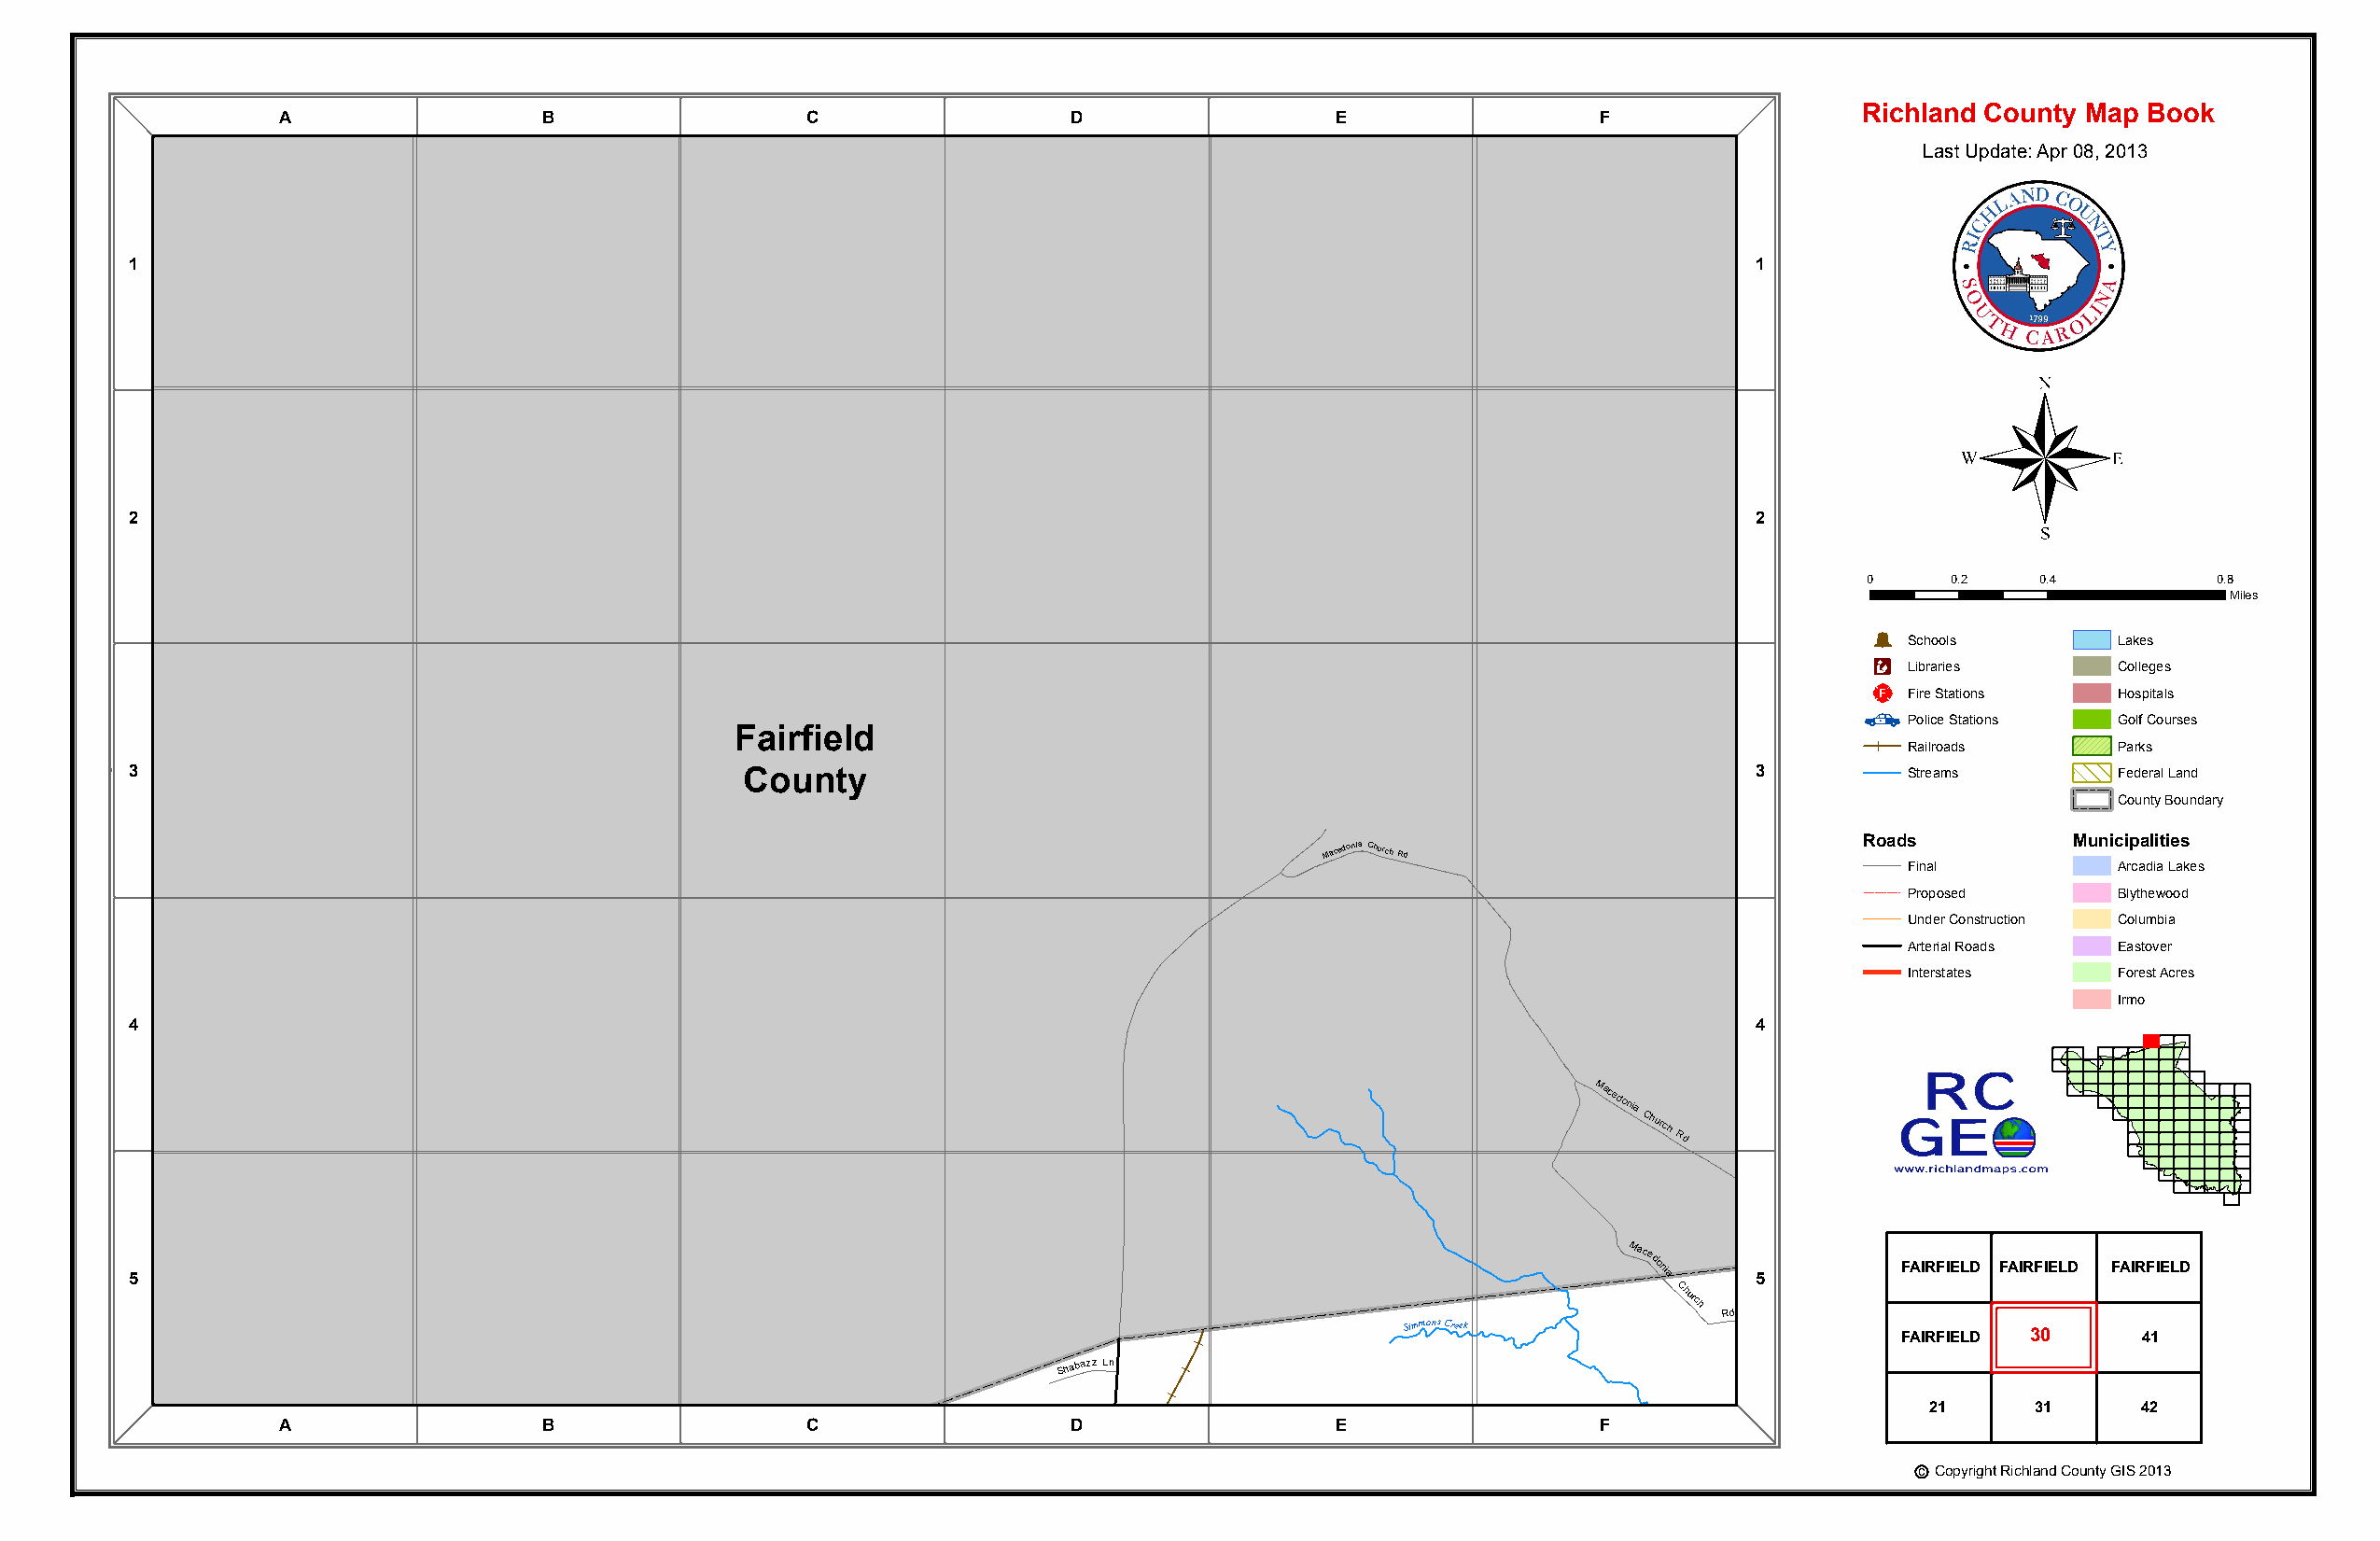
Richland County Map Book
 A                 B                  C                  D                  E                 F
 Last Update: Apr 08, 2013
 1                                                                                                                   1
 ®
 2                                                                                                                   2
 0     0.2    0.4         0.8
 Miles
 Þ
 Schools        Lakes
 Æc
 Libraries      Colleges
 _¨
 Fire Stations  Hospitals
 Police Stations Golf Courses
 Fairfield
 Railroads      Parks
 3                                           County                                                                  3         Streams        Federal Land
 County Boundary
 Macedonia Church
 Rd
 Roads          Municipalities
 Final          Arcadia Lakes
 Proposed       Blythewood
 Under Construction Columbia
 Arterial Roads Eastover
 Interstates    Forest Acres
 Irmo
 4                                                                                                                   4
 Macedonia
 Church
 Rd
 5
 Macedonia
 5
 FAIRFIELD FAIRFIELD FAIRFIELD
 Church
 Rd Macedonia Church Rd
 Simmons Creek
 FAIRFIELD 30     41
 Shabazz Ln
 21     31      42
 FairfA
 ield
 B
 Ho Sw -e 1l 9l
 0
 R 3d
 Running
 Deer
 R d
 GCarris
 M
 cC
 abe
 Ln  Ho Sw -1e 9ll 0 3Rd
 D
 S- 9P 3o 6rtia R
 d
 E
 Simmons
 Creek
 F
 c Copyright Richland County GIS 2013
 County